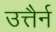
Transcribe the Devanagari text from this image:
उत्तैर्न